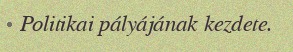
Politikai pályájának kezdete.